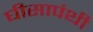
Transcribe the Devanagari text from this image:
घीसापंथी